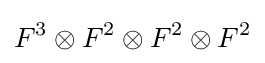
F^{3}\otimes F^{2}\otimes F^{2}\otimes F^{2}